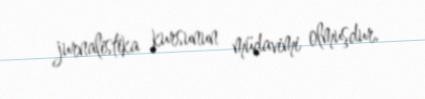
jurnalistika kursunun müdavimi olmuşdur.